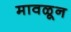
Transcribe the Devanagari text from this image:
मावळून